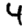
Digit: 4